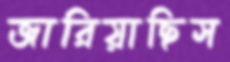
জারিয়াছিস